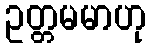
ဥတ္တမမာဟု